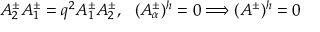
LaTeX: A _ { 2 } ^ { \pm } A _ { 1 } ^ { \pm } = q ^ { 2 } A _ { 1 } ^ { \pm } A _ { 2 } ^ { \pm } , \ \ ( A _ { \alpha } ^ { \pm } ) ^ { h } = 0 \Longrightarrow ( A ^ { \pm } ) ^ { h } = 0